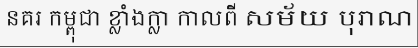
នគរ កម្ពុជា ខ្លាំងក្លា កាលពី សម័យ បុរាណ